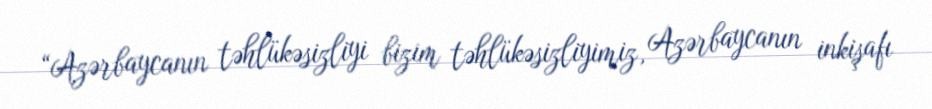
“Azərbaycanın təhlükəsizliyi bizim təhlükəsizliyimiz, Azərbaycanın inkişafı